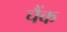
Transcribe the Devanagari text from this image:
चैंक